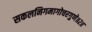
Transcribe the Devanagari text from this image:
सकलनिगमागोचरगुणे॥२॥